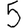
Digit: 5